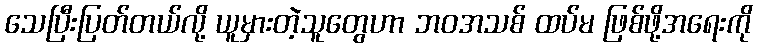
သေပြီးပြတ်တယ်လို့ ယူမှားတဲ့သူတွေဟာ ဘဝအသစ် ထပ်မ ဖြစ်ဖို့အရေးကို